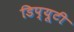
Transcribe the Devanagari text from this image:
डिप्यूटी